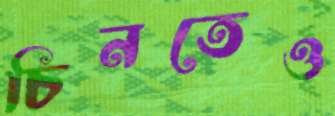
চিনতেও